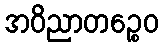
အဝိညာတဉ္စေဝ